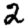
Digit: 2